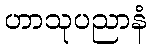
ဟာသုပညာနံ